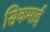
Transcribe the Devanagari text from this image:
सिकमाई